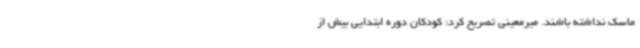
ماسک نداشته باشند. میرمعینی تصریح کرد: کودکان دوره ابتدایی بیش از